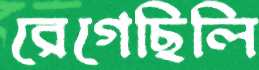
রেগেছিলি